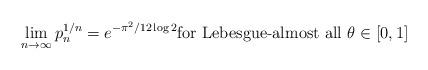
LaTeX: \begin{align*}\lim_{n\to\infty} p_n^{1/n}=e^{-\pi^2/12\log 2} \mbox{for Lebesgue-almost all} \ \theta\in[0,1]\end{align*}